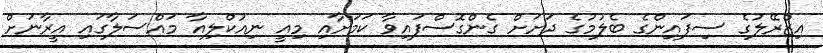
އިޒްރޭލުގެ ސިފައިންގެ ބެލުމުގެ ދަށަށް ގެންގޮސްފައިވާ ކަމަށާއި މިއީ ނިއުކްލިއާ މައްސަލާގައި އީރާނަށް